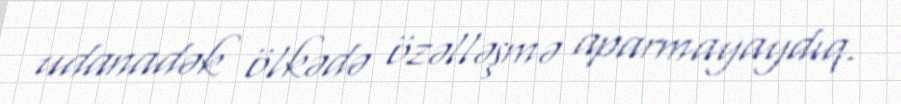
udanadək ölkədə özəlləşmə aparmayaydıq.